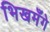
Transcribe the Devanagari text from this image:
भिखमँगे